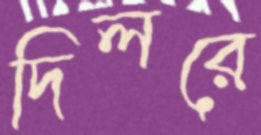
দিলরে